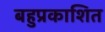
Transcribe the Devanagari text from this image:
बहुप्रकाशित